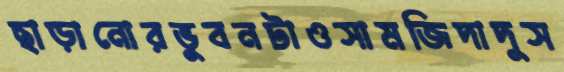
ছাড়ানোরভুবনটাওসামজিদাদুস